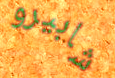
شابيرو